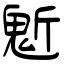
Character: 鬿